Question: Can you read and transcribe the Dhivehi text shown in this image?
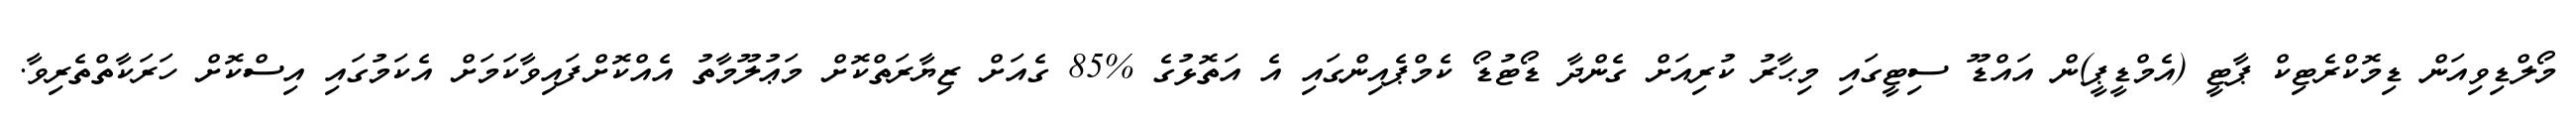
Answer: މޯލްޑިވިއަން ޑިމޮކްރެޓިކް ޕާޓީ (އެމްޑީޕީ)ން އައްޑޫ ސިޓީގައި މިޙާރު ކުރިއަށް ގެންދާ ޑޯޓުޑޯ ކެމްޕެއިންގައި އެ އަތޮޅުގެ %85 ގެއަށް ޒިޔާރަތްކޮށް މަޢުލޫމާތު އެއްކޮށްފައިވާކަމަށް އެކަމުގައި އިސްކޮށް ހަރަކާތްތެރިވާ.